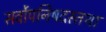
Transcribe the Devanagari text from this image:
सर्वोपनिषदस्तथा